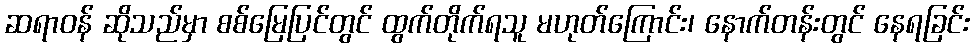
ဆရာဝန် ဆိုသည်မှာ စစ်မြေပြင်တွင် ထွက်တိုက်ရသူ မဟုတ်ကြောင်း၊ နောက်တန်းတွင် နေရခြင်း